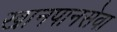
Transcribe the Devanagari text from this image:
खानपानसेवा